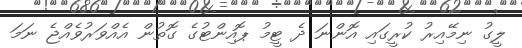
ލީގު ނިމޭއިރު ކުރީގައި އޮންނަ ދެ ޓީމު ޕޮއިންޓުގެ ގޮތުން އެއްވަރުވެއްޖެ ނަމަ